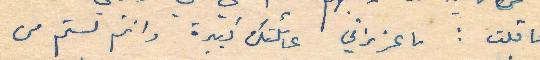
ما قلت : يا عزيزتي عائلتك كبيرة وانتم لستم من